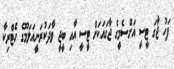
ފަހު ޖާގަ ޓީސީ އަށްސެމީގެ ޖާގައަކަށް ޓީސީ އާއި ބީޖީ ވާދަކުރަނީއަލަމޫގެ ހެޓްރިކާ